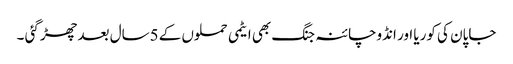
جاپان کی کوریا اور انڈوچائنہ جنگ بھی ایٹمی حملوں کے 5سال بعد چھڑ گئی ۔